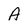
Character: A